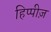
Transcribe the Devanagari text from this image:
हिप्पीज़